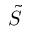
\tilde { S }